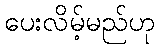
ပေးလိမ့်မည်ဟု